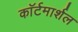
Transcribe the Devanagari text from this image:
काॅर्टमार्शल